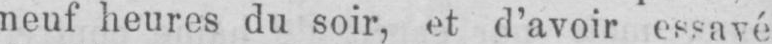
neuf heures du soir, et d’avoir essayé